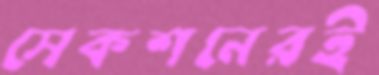
সেকশনেরই